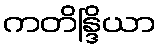
ကတိန္ဒြိယာ